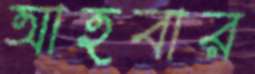
আহবার